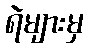
ရဲများမှ